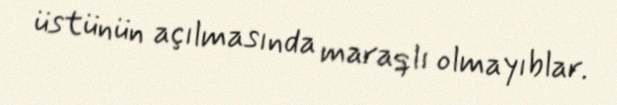
üstünün açılmasında maraqlı olmayıblar.